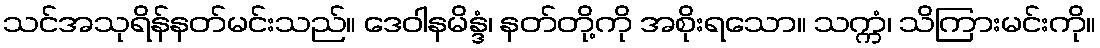
သင်အသုရိန်နတ်မင်းသည်။ ဒေဝါနမိန္ဒံ၊ နတ်တို့ကို အစိုးရသော။ သက္ကံ၊ သိကြားမင်းကို။